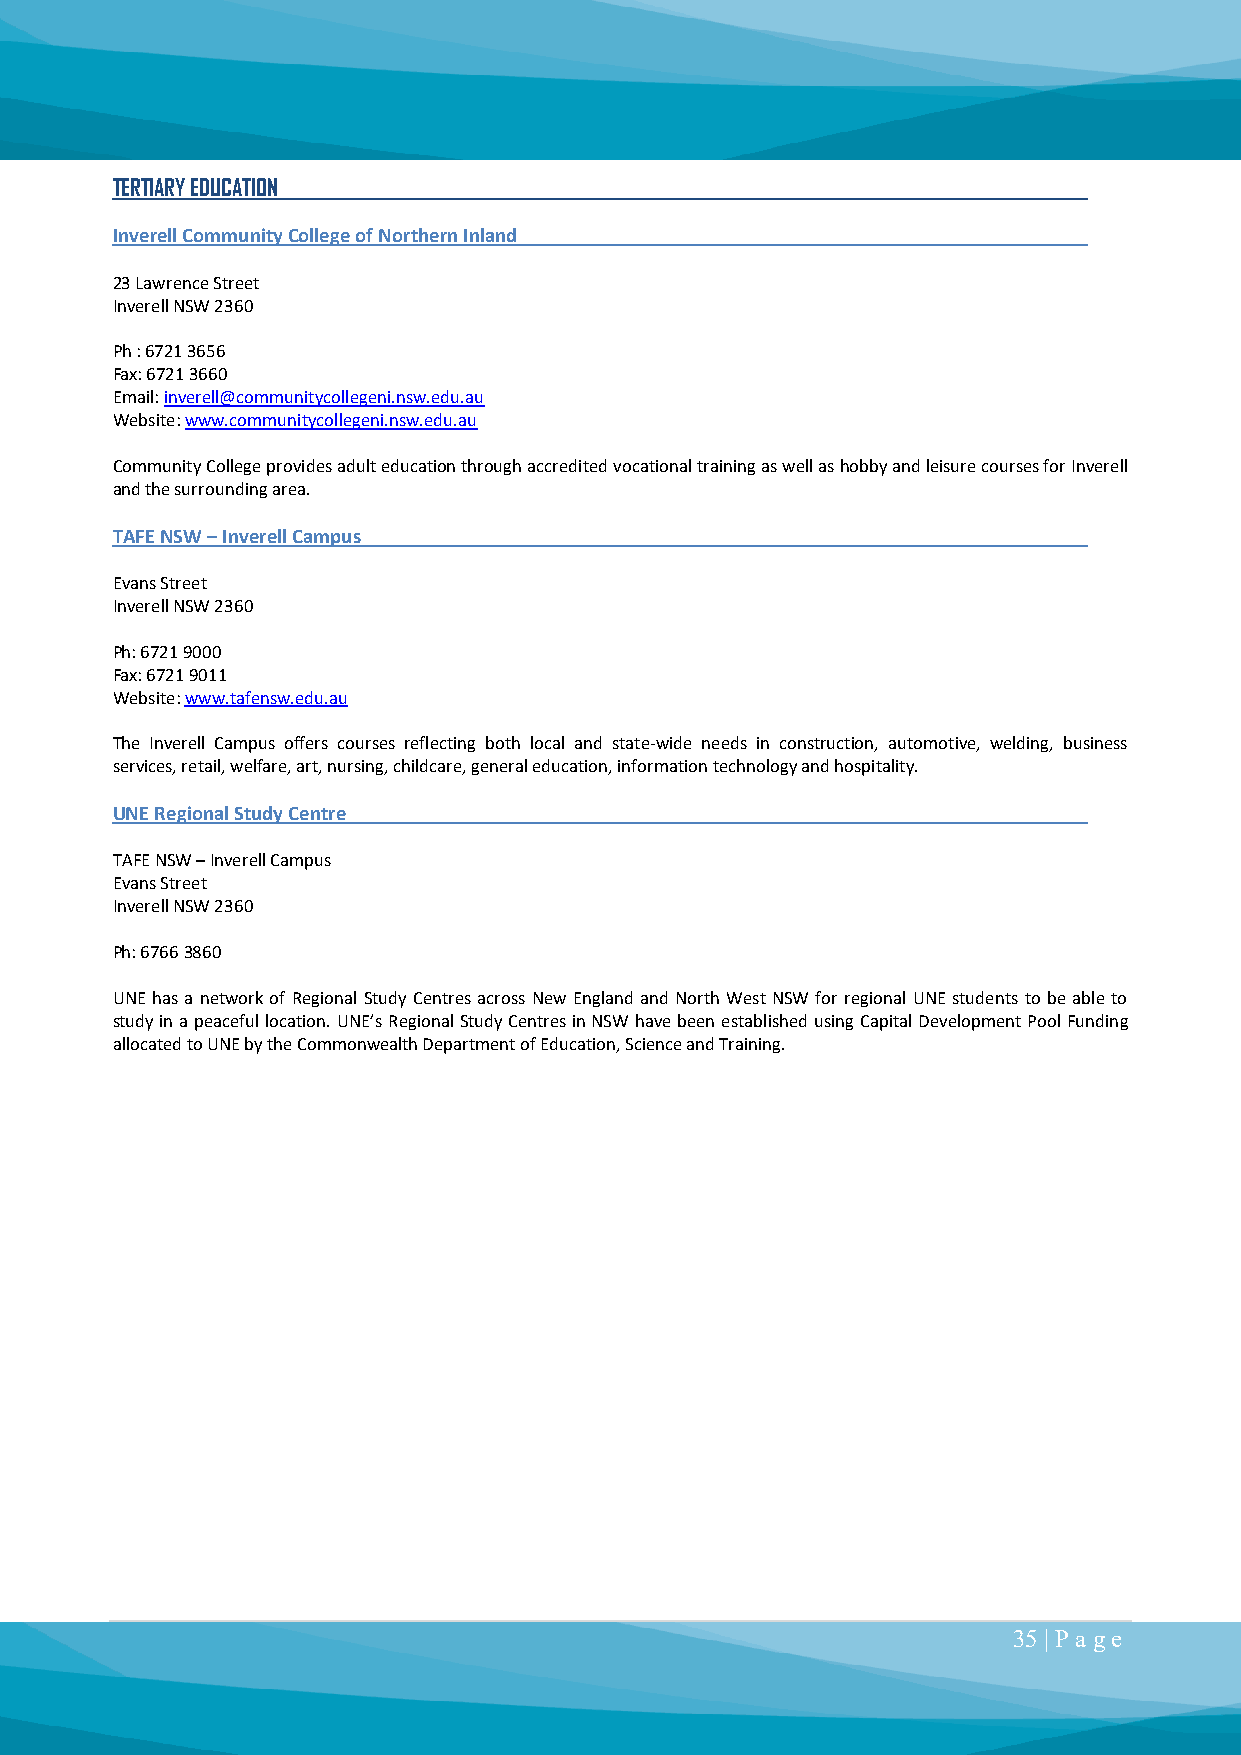
TERTIARY EDUCATION
 Inverell Community College of Northern Inland
 23 Lawrence Street
 Inverell NSW 2360
 Ph : 6721 3656
 Fax: 6721 3660
 Email: inverell@communitycollegeni.nsw.edu.au
 Website: www.communitycollegeni.nsw.edu.au
 Community College provides adult education through accredited vocational training as well as hobby and leisure courses for Inverell
 and the surrounding area.
 TAFE NSW – Inverell Campus
 Evans Street
 Inverell NSW 2360
 Ph: 6721 9000
 Fax: 6721 9011
 Website: www.tafensw.edu.au
 The Inverell Campus offers courses reflecting both local and state-wide needs in construction, automotive, welding, business
 services, retail, welfare, art, nursing, childcare, general education, information technology and hospitality.
 UNE Regional Study Centre
 TAFE NSW – Inverell Campus
 Evans Street
 Inverell NSW 2360
 Ph: 6766 3860
 UNE has a network of Regional Study Centres across New England and North West NSW for regional UNE students to be able to
 study in a peaceful location. UNE’s Regional Study Centres in NSW have been established using Capital Development Pool Funding
 allocated to UNE by the Commonwealth Department of Education, Science and Training.
 35 | P a ge